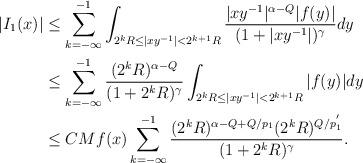
LaTeX: \begin{align*}|I_{1}(x)|&\leq\sum_{k=-\infty}^{-1}\int_{2^{k}R\leq |xy^{-1}|<2^{k+1}R}\frac{|xy^{-1}|^{\alpha-Q}|f(y)|}{(1+|xy^{-1}|)^{\gamma}}dy\\&\leq \sum_{k=-\infty}^{-1}\frac{(2^{k}R)^{\alpha-Q}}{(1+2^{k}R)^{\gamma}}\int_{2^{k}R\leq |xy^{-1}|<2^{k+1}R}|f(y)|dy\\&\leq CMf(x)\sum_{k=-\infty}^{-1}\frac{(2^{k}R)^{\alpha-Q+Q/p_{1}}(2^{k}R)^{Q/p_{1}^{'}}}{(1+2^{k}R)^{\gamma}}.\end{align*}